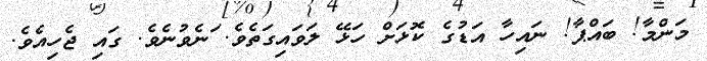
މަންމާ! ބައްޕާ! ނައިހާ އަޑުގެ ކޮޅަށް ހަޅޭ ލަވައިގަތެވެ. ަނެވުނެވެ. ގައި ޖެހިއެވެ.